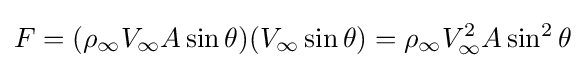
F=(\rho _{\infty }V_{\infty }A\sin \theta )(V_{\infty }\sin \theta )=\rho _{\infty }V_{\infty }^{2}A\sin ^{2}\theta